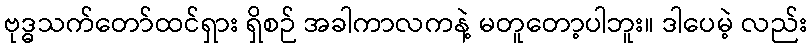
ဗုဒ္ဓသက်တော်ထင်ရှား ရှိစဉ် အခါကာလကနဲ့ မတူတော့ပါဘူး။ ဒါပေမဲ့ လည်း